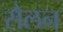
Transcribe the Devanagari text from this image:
सैलन